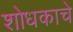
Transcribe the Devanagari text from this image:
शोधकाचे